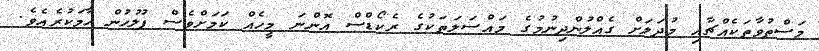
މަސްތުވާތަކެއްޗާއި މުދަލަށް ގެއްލުންދިނުމުގެ މައްސަލަތަކުގެ ރެކޯޑްސް އޮންނަ މީހެއް ކަމަށްވެސް ފުލުހުން ހާމަކުރެއެވެ.